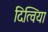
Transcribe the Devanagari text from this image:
दित्विया